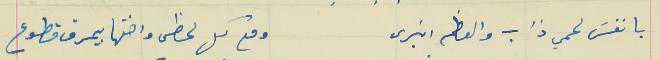
يا نفسَ لحمي ذاب والعظم انبرى                       ومع كل لحظى واختها بيمرق قطوع